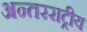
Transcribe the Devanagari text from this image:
अन्तरराट्रीय